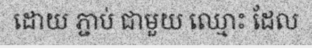
ដោយ ភ្ជាប់ ជាមួយ ឈ្មោះ ដែល